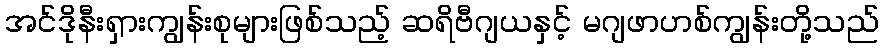
အင်ဒိုနီးရှားကျွန်းစုများဖြစ်သည့် ဆရိဗီဂျယနှင့် မဂျဖာဟစ်ကျွန်းတို့သည်